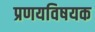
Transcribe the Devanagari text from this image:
प्रणयविषयक